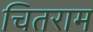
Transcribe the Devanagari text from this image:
चितराम